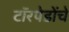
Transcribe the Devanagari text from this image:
टॉरपेडोंचे